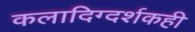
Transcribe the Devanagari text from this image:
कलादिग्दर्शकही